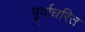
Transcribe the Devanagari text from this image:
पूर्वाधरित